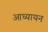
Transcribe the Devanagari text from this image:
आध्यायन